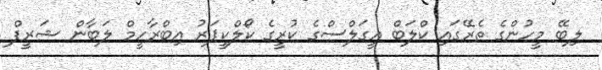
ލިބޭ މީހުންގެ ތެރޭގައި ކްލަބް އީގަލްސްގެ ކުރީގެ ކޯލްކީޕަރު އިބްރާހީމް ލަބާން ޝަރީފް